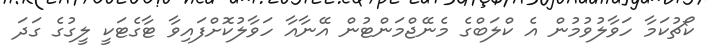
ކޯޗުކަމާ ހަވާލުވުމުން އެ ކްލަބްގެ މެނޭޖްމަންޓުން އޭނާއާ ހަވާލުކޮށްފައިވާ ޓާގެޓަކީ ލީގުގެ ގަދަ